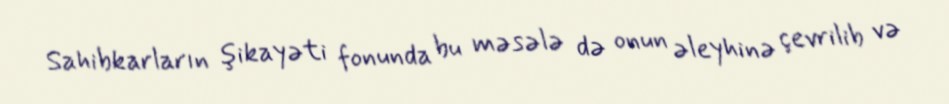
Sahibkarların şikayəti fonunda bu məsələ də onun əleyhinə çevrilib və